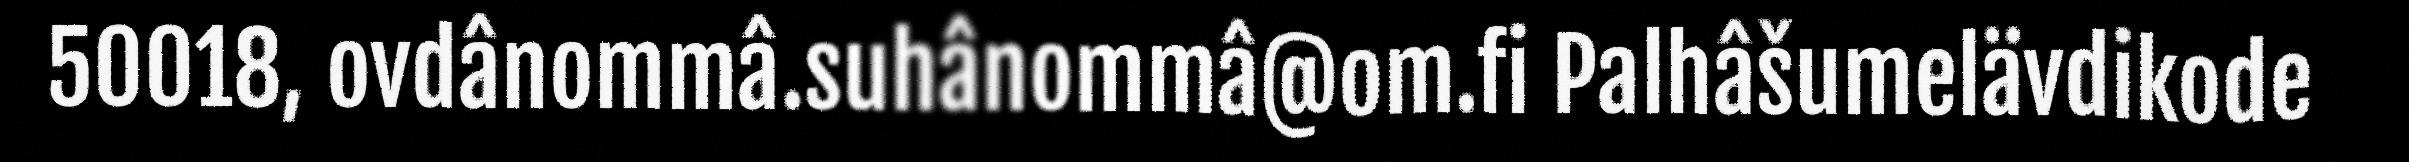
50018, ovdânommâ.suhânommâ@om.fi Palhâšumelävdikode